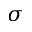
\sigma